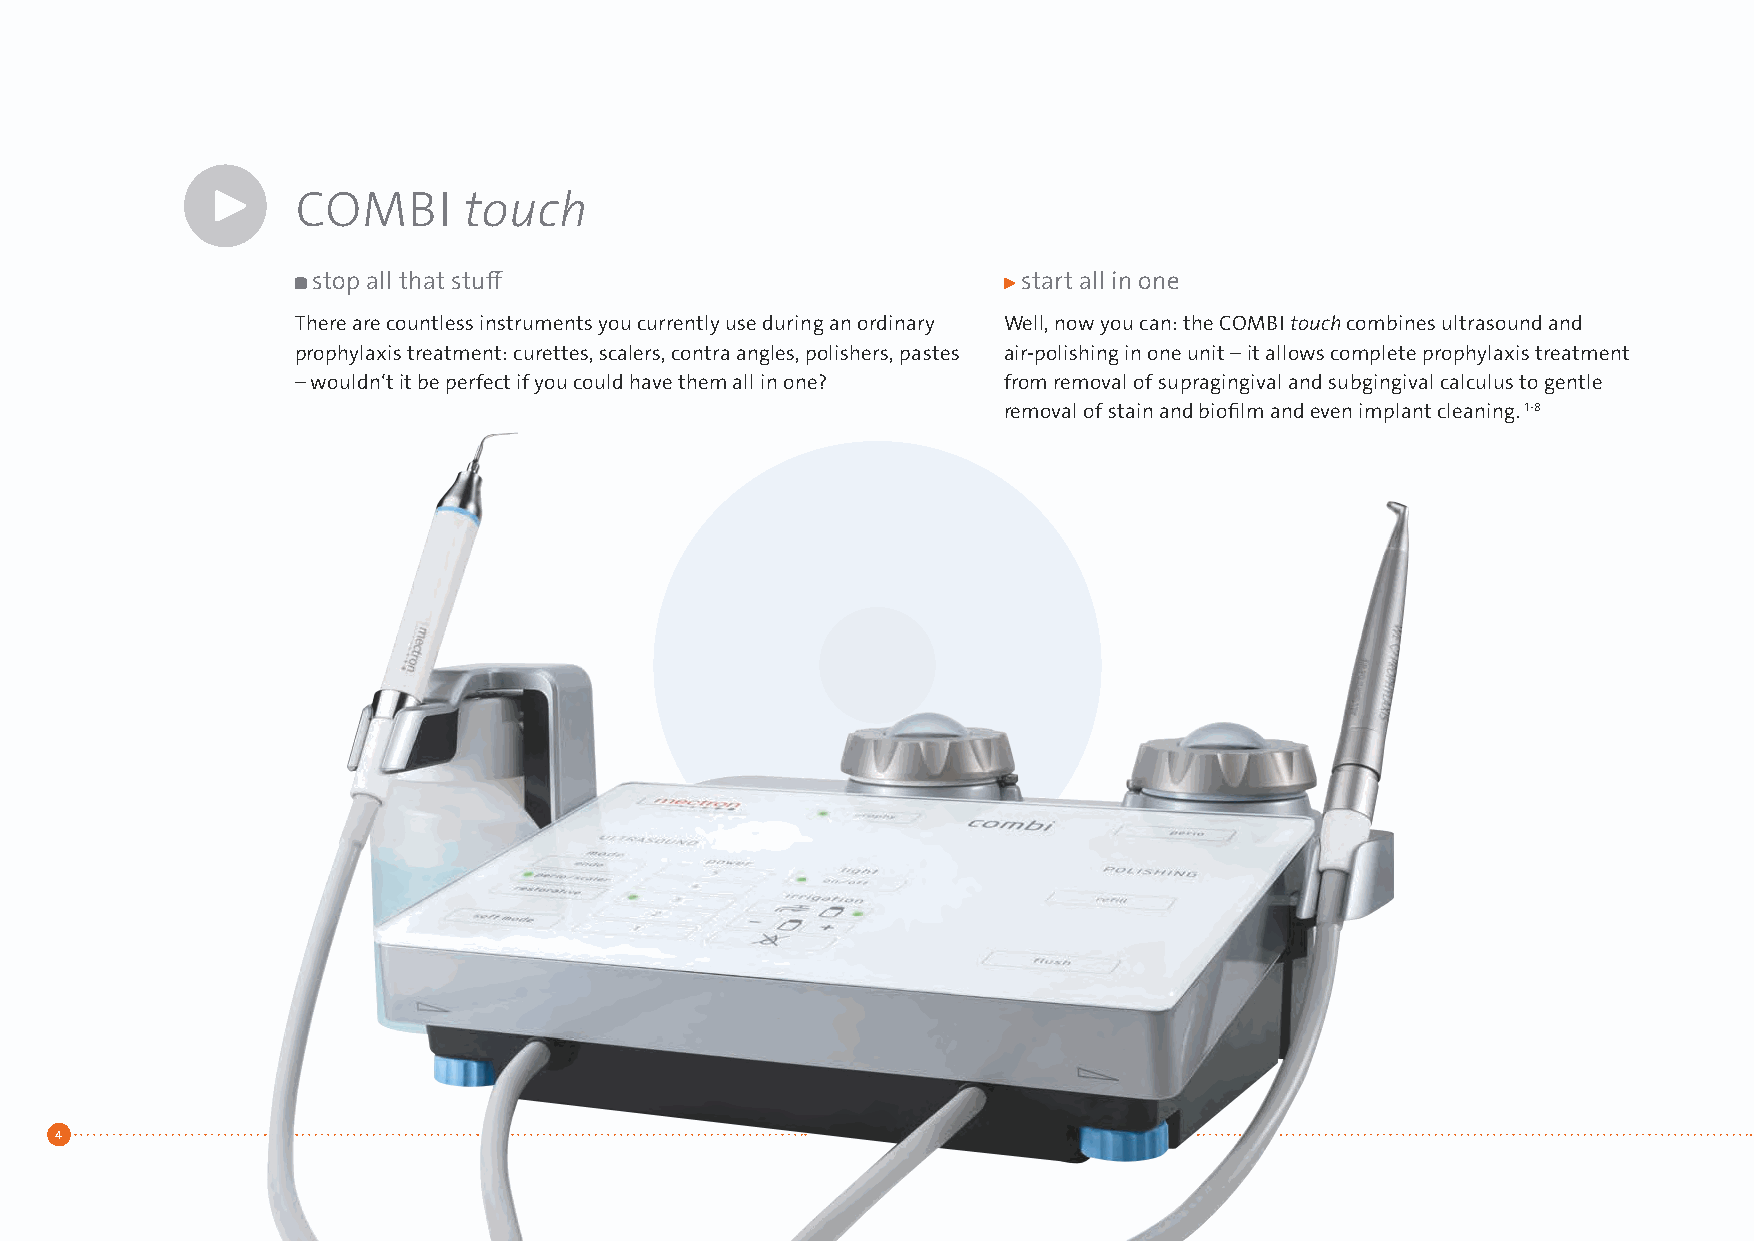
COMBI      touch
 stop all that stuff                            start all in one
 There are countless instruments you currently use during an ordinary Well, now you can: the COMBI touch combines ultrasound and
 prophylaxis treatment: curettes, scalers, contra angles, polishers, pastes air-polishing in one unit – it allows complete prophylaxis treatment
 – wouldn‘t it be perfect if you could have them all in one? from removal of supragingival and subgingival calculus to gentle
 removal of stain and biofilm and even implant cleaning. 1-8
 4